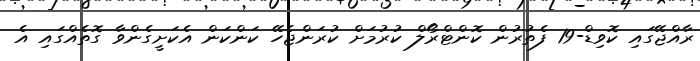
ރާއްޖޭގައި ކޮވިޑް-19 ފެތުރުން ކޮންޓްރޯލް ކުރުމަށް ކުރަންޖެހޭ ކަންކަން އެކަށީގެންވާ ގޮތެއްގައި އެ